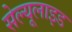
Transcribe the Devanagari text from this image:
सेल्यूलाइड